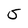
Character: S